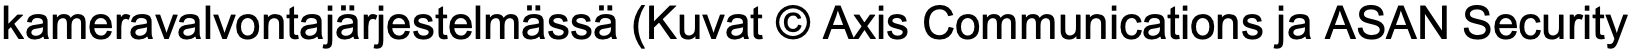
kameravalvontajärjestelmässä (Kuvat © Axis Communications ja ASAN Security